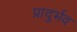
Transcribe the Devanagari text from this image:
प्रादुर्भव